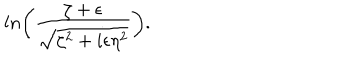
l n \biggl ( { \frac { \zeta + \epsilon } { \sqrt { \zeta ^ { 2 } + i \epsilon \eta ^ { 2 } } } } \biggr ) .